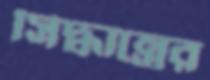
সিদ্ধান্তের